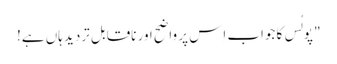
" پولُس کا جواب اِس پر واضح اور ناقابل تردید ہاں ہے!